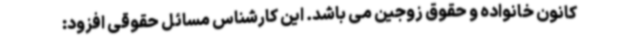
کانون خانواده و حقوق زوجین می باشد. این کارشناس مسائل حقوقی افزود: